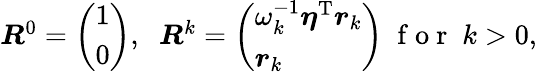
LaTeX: \begin{array}{r}{\boldsymbol R^{0}=\left(\begin{array}{l}{1}\\ {0}\end{array}\right),\; \; \boldsymbol R^{k}=\left(\begin{array}{l}{\omega_{k}^{-1}\boldsymbol{\eta}^{\mathrm{T}}\boldsymbol{r}_{k}}\\ {\boldsymbol{r}_{k}}\end{array}\right)\; \mathrm{~f~o~r~}\; k>0,}\end{array}